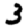
Digit: 3